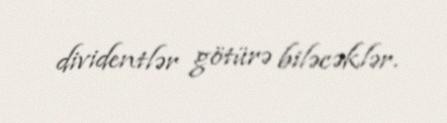
dividentlər götürə biləcəklər.